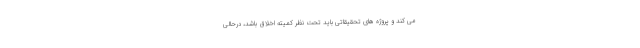
می کند و پروژه های تحقیقاتی باید تحت نظر کمیته اخلاق باشد، درحالی